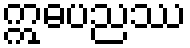
ဣဓပညဿ